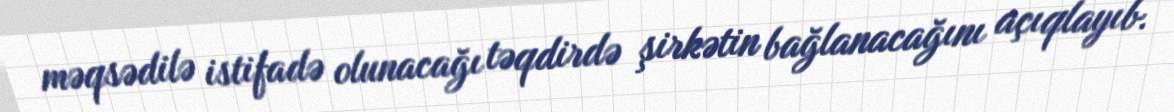
məqsədilə istifadə olunacağı təqdirdə şirkətin bağlanacağını açıqlayıb.